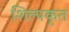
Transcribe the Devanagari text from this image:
शिल्पकृत